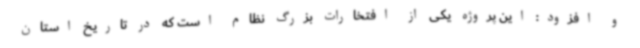
و افزود: این پروژه یکی از افتخارات بزرگ نظام است که در تاریخ استان